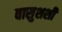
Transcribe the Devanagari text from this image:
वासुशशी